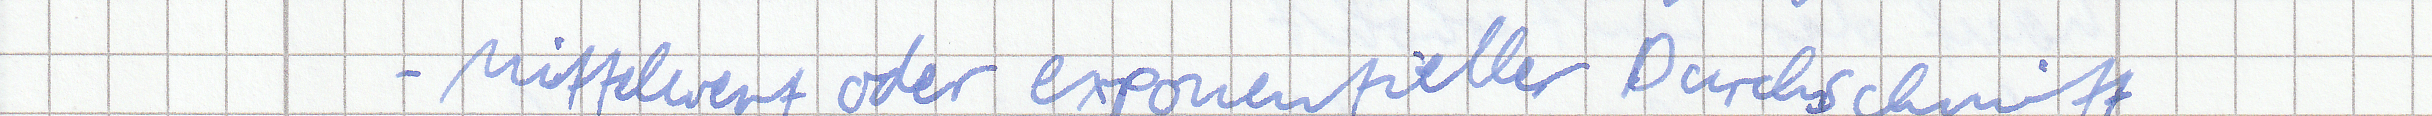
- Mittelwert oder exponentieller Durchschnitt